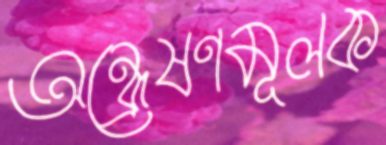
অন্বেষণমূলক